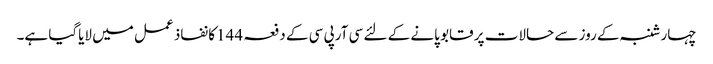
چہارشنبہ کے روز سے حالات پر قابو پانے کے لئے سی آرپی سی کے دفعہ 144کا نفاذ عمل میں لایاگیا ہے۔